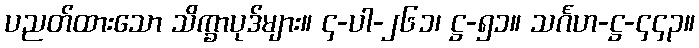
ပညတ်ထားသော သိက္ခာပုဒ်များ။ ၄-ပါ-၂၆၁၊ ဋ္ဌ-၅၁။ သင်္ဂဟ-ဋ္ဌ-၄၄၃။